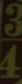
34